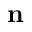
{ \bf n }